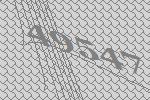
49547